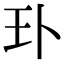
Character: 㺪